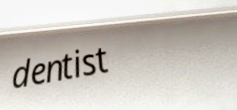
dentist